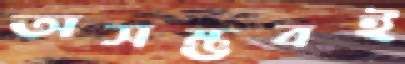
অসম্ভবই